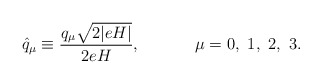
\begin{align*}\hat{q}_\mu \equiv \frac{q_\mu \sqrt{2 |eH|}}{2eH},~~~~~~~~~~\mu = 0,~1,~2,~3.\end{align*}